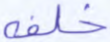
خلفه